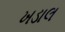
ખડાલ